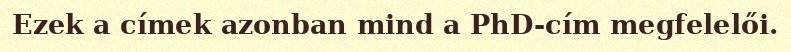
Ezek a címek azonban mind a PhD-cím megfelelői.